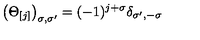
\left( \Theta _ { [ j ] } \right) _ { \sigma , \sigma ^ { \prime } } = ( - 1 ) ^ { j + \sigma } \delta _ { \sigma ^ { \prime } , - \sigma }